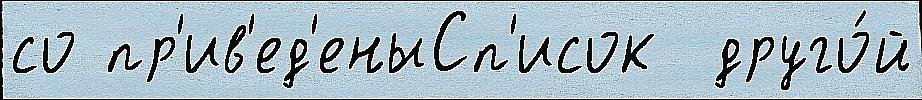
со пр'ив'ед'еныСп'исок  друго́й